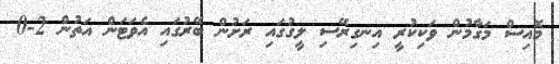
މޮއިސް މަގާމުން ވަކިކުރީ އިނގިރޭސި ލީގުގައި ރަށުން ބޭރުގައި އެވަޓަން އަތުން 2-0